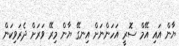
ޔާން އައި އޭމް ސޮރީ އަހަންނަށް އިނގޭ ޔާން މިރޭ ވަރަށް ދެރަވިކަން